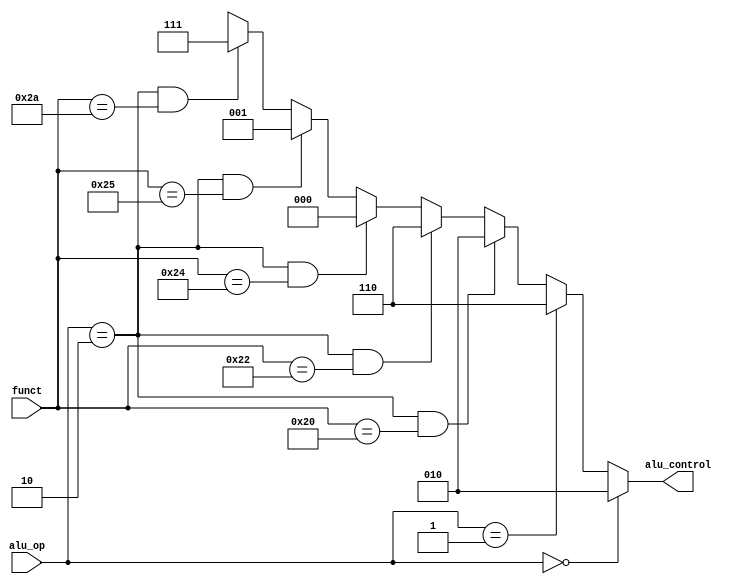
`timescale 1ns / 1ps
//////////////////////////////////////////////////////////////////////////////////
// Company: 
// Engineer: 
// 
// Design Name: 
// Module Name: aludec
// Project Name: 
// Target Devices: ANBAI52
// Tool Versions: 
// Description: 
// 
// Dependencies: 
// 
// Revision:
// Revision 0.01 - File Created
// Additional Comments:
// 
//////////////////////////////////////////////////////////////////////////////////

// maindecaluop6
// alu
module aludec(
    input [5:0]funct,
    input [1:0]alu_op,
    output [2:0]alu_control
    );

assign alu_control = (alu_op == 2'b00)? 3'b010:
                (alu_op == 2'b01)? 3'b110:
                (alu_op == 2'b10 && funct == 6'b100000)? 3'b010:
                (alu_op == 2'b10 && funct == 6'b100010)? 3'b110:
                (alu_op == 2'b10 && funct == 6'b100100)? 3'b000:
                (alu_op == 2'b10 && funct == 6'b100101)? 3'b001:
                (alu_op == 2'b10 && funct == 6'b101010)? 3'b111:
                3'bxxx;

endmodule